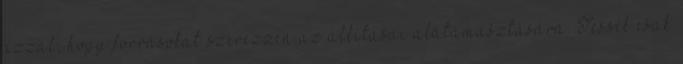
azzal, hogy forrásokat szerezzen az állításai alátámasztására. Tessék csak